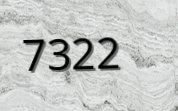
7322